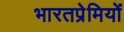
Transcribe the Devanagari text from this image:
भारतप्रेमियों